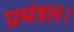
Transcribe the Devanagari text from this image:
प्रमंडल।